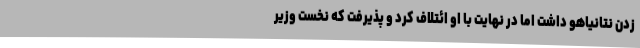
زدن نتانیاهو داشت اما در نهایت با او ائتلاف کرد و پذیرفت که نخست وزیر